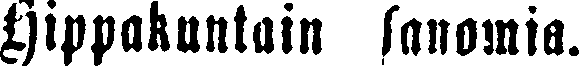
Hippakuntain sanomia.